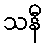
သနီ